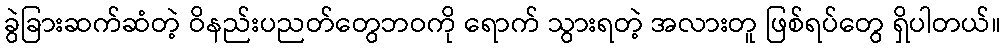
ခွဲခြားဆက်ဆံတဲ့ ဝိနည်းပညတ်တွေဘဝကို ရောက် သွားရတဲ့ အလားတူ ဖြစ်ရပ်တွေ ရှိပါတယ်။